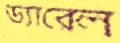
ড্যারেল